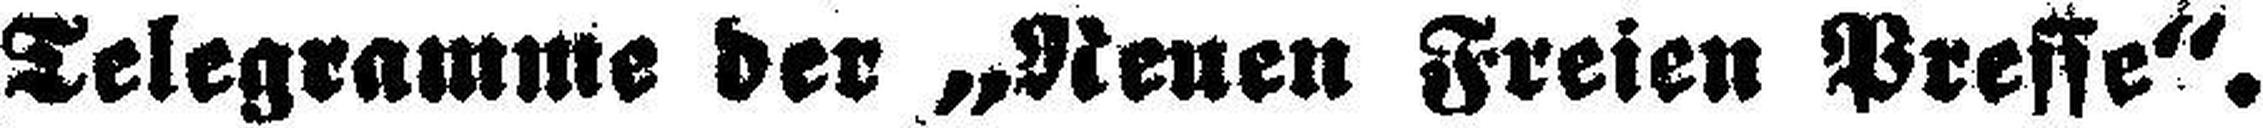
Telegramme der „Neuen Freien Presse“.